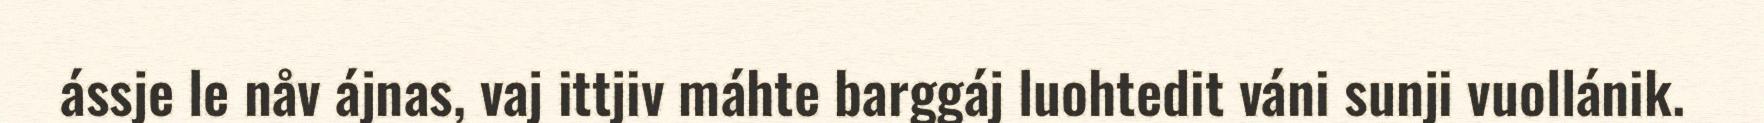
ássje le nåv ájnas, vaj ittjiv máhte barggáj luohtedit váni sunji vuollánik.